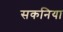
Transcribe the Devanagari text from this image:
सकनिया